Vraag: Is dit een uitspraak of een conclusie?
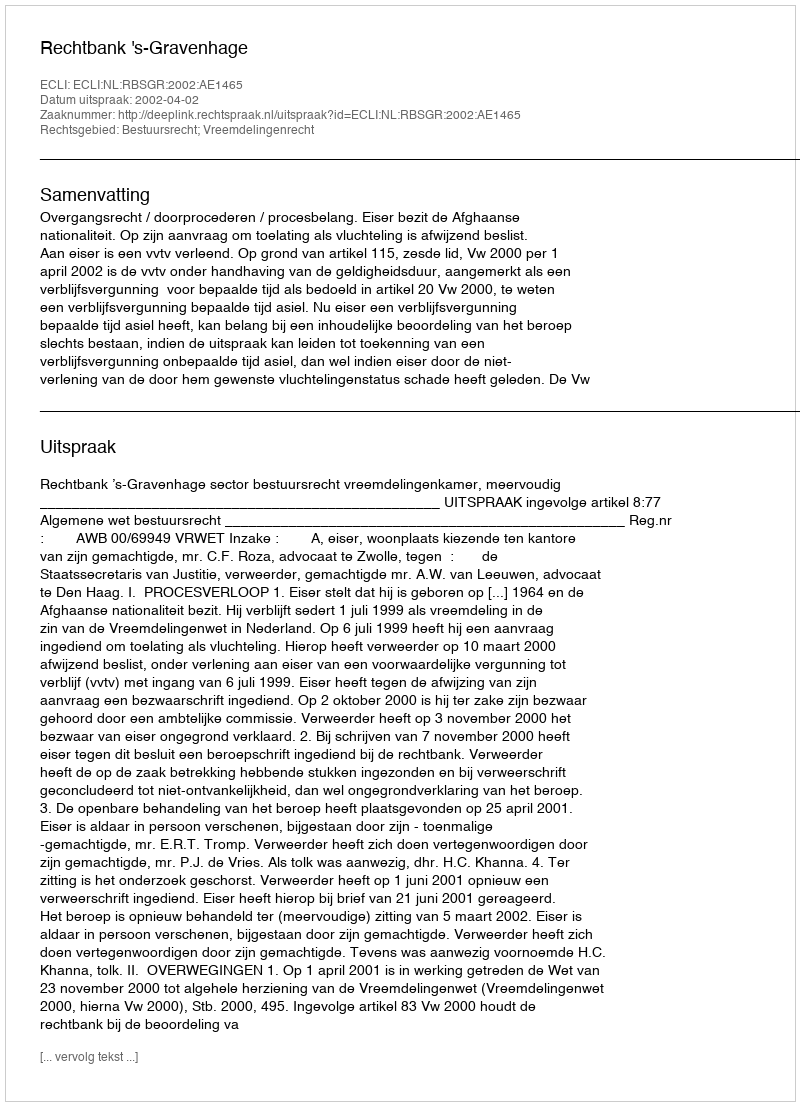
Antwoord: Uitspraak